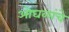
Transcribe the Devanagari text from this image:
ओघळांचे